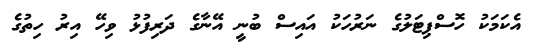
އެކަމަކު ހޮސްޕިޓަލުގެ ނަރުހަކު އައިސް ބުނީ އޭނާގެ ދަރިފުޅު ވިހޭ އިރު ހިތުގެ